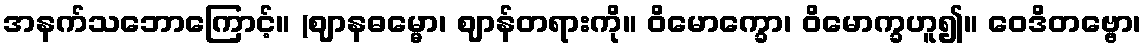
အနက်သဘောကြောင့်။ (ဈာနဓမ္မော၊ ဈာန်တရားကို။ ဝိမောက္ခော၊ ဝိမောက္ခဟူ၍။ ဝေဒိတဗ္ဗော၊